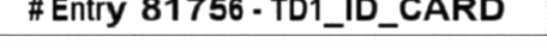
# Entry 81756 - TD1_ID_CARD